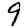
Digit: 9